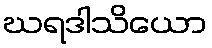
ဃရဒါသိယော